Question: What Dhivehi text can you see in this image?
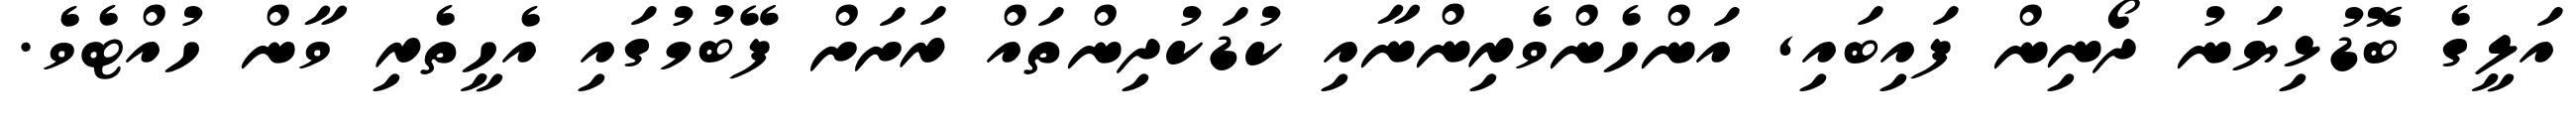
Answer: އަލީގެ ބޮޑުޅިޔަނު ދޯނިން ފައިބައި, އަންހެންވެރިންނާއި ކުޑަކުދިންތައް ރަށަށް ފޭބުމުގައި އެހީތެރި ވާން ހުއްޓެވެ.